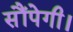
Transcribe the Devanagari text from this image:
सौंपेगी।